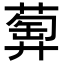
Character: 𦻦